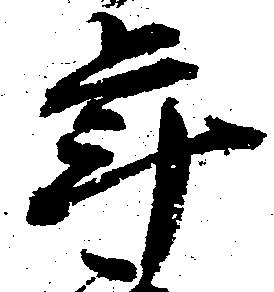
年